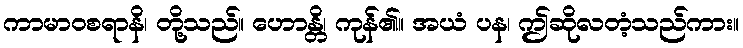
ကာမာဝစရာနိ၊ တို့သည်။ ဟောန္တိ၊ ကုန်၏။ အယံ ပန၊ ဤဆိုလတံ့သည်ကား။